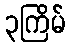
၃ကြိမ်